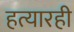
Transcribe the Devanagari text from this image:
हत्यारही